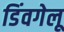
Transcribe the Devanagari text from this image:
डिंवगेलू